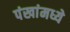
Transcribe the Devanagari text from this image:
पंखांमध्ये